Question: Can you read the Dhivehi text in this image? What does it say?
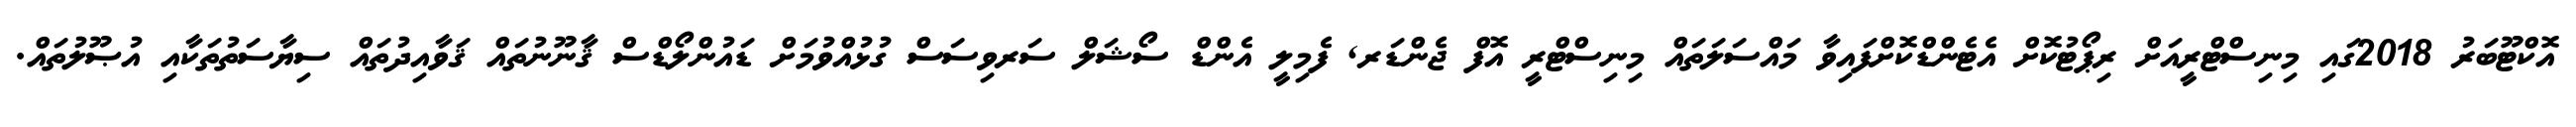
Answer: އޮކްޓޫބަރު 2018ގައި މިނިސްޓްރީއަށް ރިޕޯޓުކޮށް އެޓެންޑްކޮށްފައިވާ މައްސަލަތައް މިނިސްޓްރީ އޮފް ޖެންޑަރ, ފެމިލީ އެންޑް ސޯޝަލް ސަރވިސަސް ގުޅުއްވުމަށް ޑައުންލޯޑްސް ޤާނޫނުތައް ޤަވާއިދުތައް ސިޔާސަތުތަކާއި އުޞޫލުތައް.